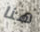
هنا